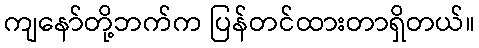
ကျနော်တို့ဘက်က ပြန်တင်ထားတာရှိတယ်။